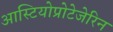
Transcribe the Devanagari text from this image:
आस्टियोप्रोटेजेरिन